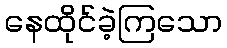
နေထိုင်ခဲ့ကြသော